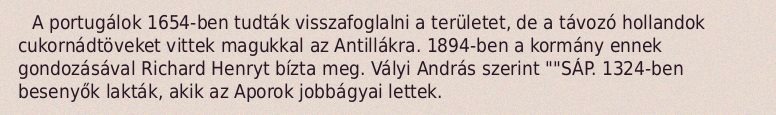
A portugálok 1654-ben tudták visszafoglalni a területet, de a távozó hollandok cukornádtöveket vittek magukkal az Antillákra. 1894-ben a kormány ennek gondozásával Richard Henryt bízta meg. Vályi András szerint ""SÁP. 1324-ben besenyők lakták, akik az Aporok jobbágyai lettek.